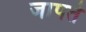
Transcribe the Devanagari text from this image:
जापते